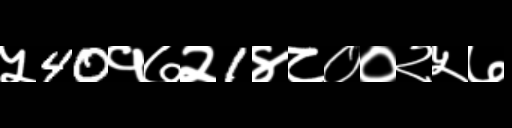
Text: ५40१७२1४८००२५७